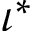
\iota ^ { * }